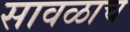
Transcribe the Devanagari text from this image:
सावळाच